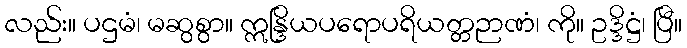
လည်း။ ပဌမံ၊ မဆွစွာ။ ဣန္ဒြိယပရောပရိယတ္တဉာဏံ၊ ကို။ ဥဒ္ဒိဋ္ဌံ၊ ပြီ။